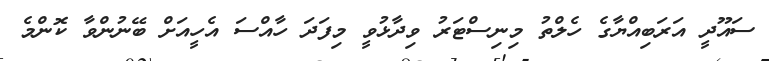
ސައޫދީ އަރަބިއްޔާގެ ހެލްތު މިނިސްޓަރު ވިދާޅުވީ މިފަދަ ހާއްސަ އެހީއަށް ބޭނުންވާ ކޮންމެ